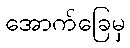
အောက်ခြေမှ